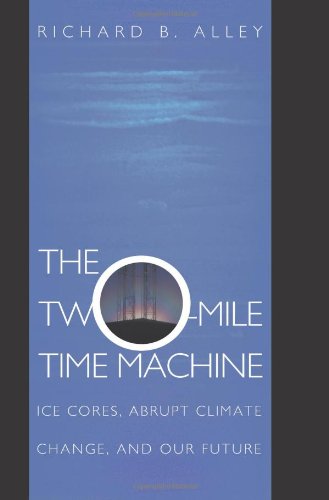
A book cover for The Two-Mile Time Machine: Ice Cores, Abrupt Climate Change, and Our Future; Richard B. Alley; History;